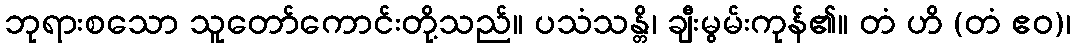
ဘုရားစသော သူတော်ကောင်းတို့သည်။ ပသံသန္တိ၊ ချီးမွမ်းကုန်၏။ တံ ဟိ (တံ ဧဝ)၊